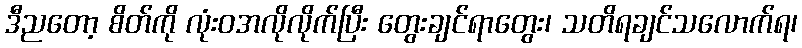
ဒီညတော့ စိတ်ကို လုံးဝအလိုလိုက်ပြီး တွေးချင်ရာတွေး၊ သတိရချင်သလောက်ရ၊